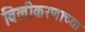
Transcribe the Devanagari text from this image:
विलीकरणाच्या